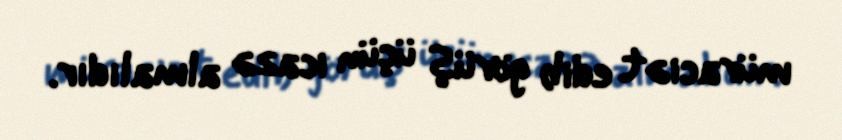
müraciət edib görüş üçün icazə almalıdır.